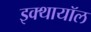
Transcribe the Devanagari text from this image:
इक्थायॉल